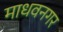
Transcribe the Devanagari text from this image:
माधवनगर